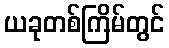
ယခုတစ်ကြိမ်တွင်